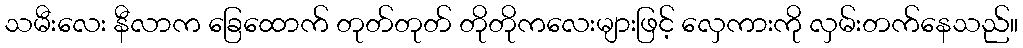
သမီးလေး နီလာက ခြေထောက် တုတ်တုတ် တိုတိုကလေးများဖြင့် လှေကားကို လှမ်းတက်နေသည်။